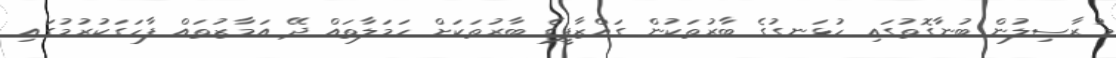
މުރާސިލުން ބުނާގޮތުގައި ހުޅަނގުގެ ބާރުތަކުން ގައްޒާފީގެ ބާރުތަކަށް ހަމަލާތައް ދޭ އަމާޒުތައް ފާހަގަކުރުމުގައި